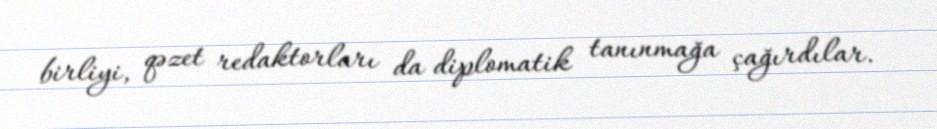
birliyi, qəzet redaktorları da diplomatik tanınmağa çağırdılar.